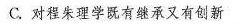
C.对程朱理学既有继承又有创新